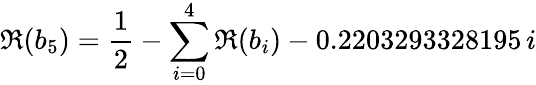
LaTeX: \Re(b_{5})=\frac{1}{2}-\sum_{i=0}^{4}\Re(b_{i})-0.2203293328195\, i